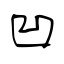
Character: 凹